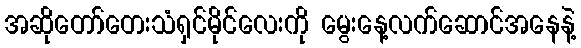
အဆိုတော်တေးသံရှင်မိုင်လေးကို မွေးနေ့လက်ဆောင်အနေနဲ့